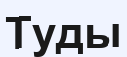
Туды